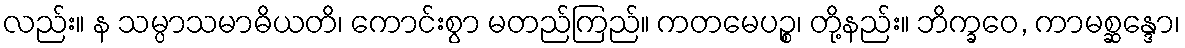
လည်း။ န သမ္ပာသမာဓိယတိ၊ ကောင်းစွာ မတည်ကြည်။ ကတမေပဉ္စ၊ တို့နည်း။ ဘိက္ခဝေ, ကာမစ္ဆန္ဒော၊